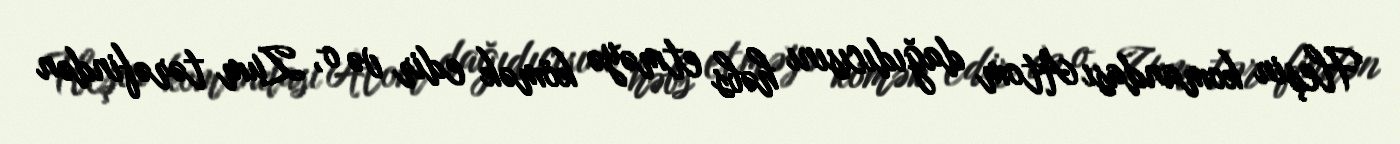
Fleşin komandası Atom dağıdıcısını həbs etməyə kömək edir və o, Zum tərəfindən